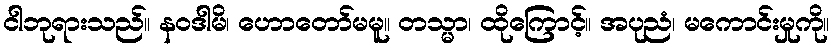
ငါဘုရားသည်။ နဝဒါမိ၊ ဟောတော်မမူ။ တသ္မာ၊ ထိုကြောင့်။ အပုညံ၊ မကောင်းမှုကို။